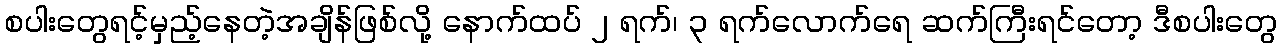
စပါးတွေရင့်မှည့်နေတဲ့အချိန်ဖြစ်လို့ နောက်ထပ် ၂ ရက်၊ ၃ ရက်လောက်ရေ ဆက်ကြီးရင်တော့ ဒီစပါးတွေ